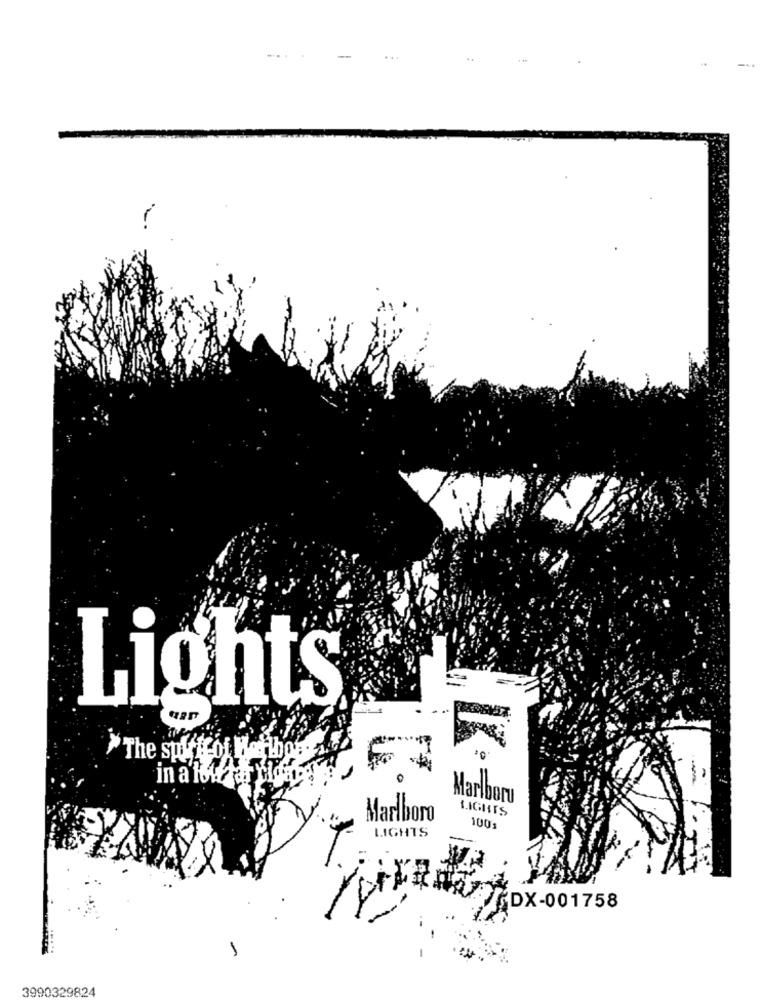
-
Lights®
The suy fof Mejlbo
Marlboro
LIGHTS
Marlboro
LIGHTS
100s
SDX-001758
3990329824